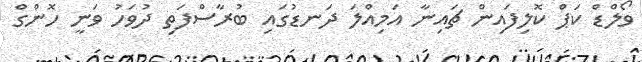
ވޯލްޑް ކަޕް ކޮލިފައިން ޗައިނާ އަމިއްލަ ދަނޑުގައި ބުރާސްފަތި ދުވަހު ވަނީ ހޮންގް